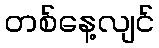
တစ်နေ့လျင်